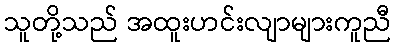
သူတို့သည် အထူးဟင်းလျာများကူညီ